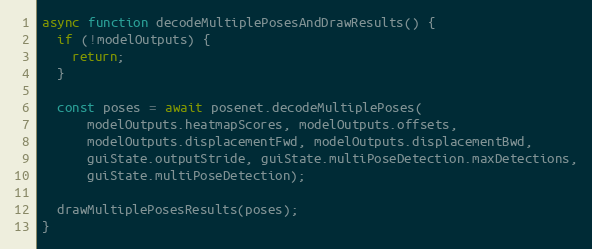
Language: JavaScript
async function decodeMultiplePosesAndDrawResults() {
  if (!modelOutputs) {
    return;
  }

  const poses = await posenet.decodeMultiplePoses(
      modelOutputs.heatmapScores, modelOutputs.offsets,
      modelOutputs.displacementFwd, modelOutputs.displacementBwd,
      guiState.outputStride, guiState.multiPoseDetection.maxDetections,
      guiState.multiPoseDetection);

  drawMultiplePosesResults(poses);
}